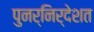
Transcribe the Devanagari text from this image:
पुनर्निर्देशत